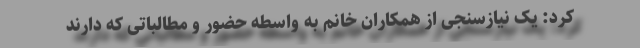
کرد: یک نیازسنجی از همکاران خانم به واسطه حضور و مطالباتی که دارند